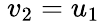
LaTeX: \ v_{2}=u_{1}